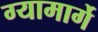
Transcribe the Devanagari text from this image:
ग्यामार्गे